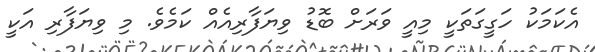
އެކަމަކު ހަގީގަތަކީ މިއީ ވަރަށް ބޮޑު ވިޔަފާރިއެއް ކަމެވެ. މި ވިޔަފާރި އަކީ